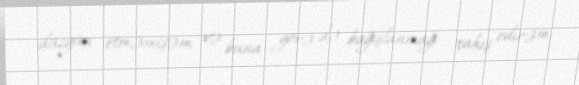
düzgün etməmişəm və buna görə də bağışlanmağı xahiş edirəm.